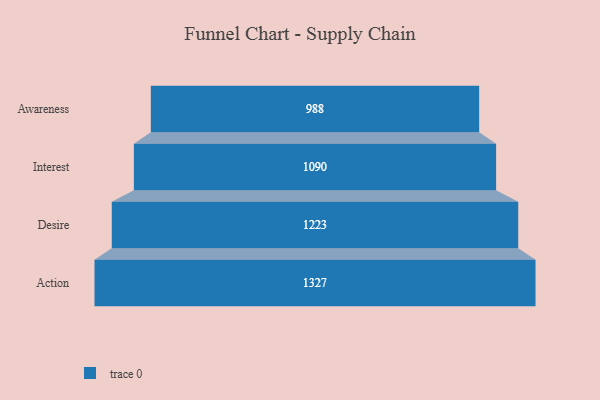
{"axis": {"x": "Stage", "y": "Value"}, "legend": [""], "data": [{"x": "Awareness", "y": 988.0, "type": ""}, {"x": "Interest", "y": 1090.0, "type": ""}, {"x": "Desire", "y": 1223.0, "type": ""}, {"x": "Action", "y": 1327.0, "type": ""}]}